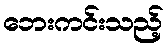
ဘေးကင်းသည့်